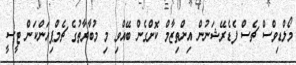
މޯލްޑިވްސް ޗެސް ފެޑެރޭޝަނުން އިންތިޒާމް ކޮށްގެން ބޭއްވި މި މުބާރާތުގެ ޗެމްޕިއަންކަން ޓީސީ